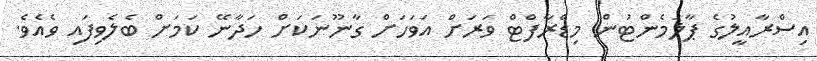
އިސްރާއީލުގެ ޕާލަމެންޓުން މިޑްރާފްޓް ވަރަށް އަވަހަށް ގާނޫނަކަށް ހަދާނޭ ކަމަށް ބެލެވިފައި ވެއެވެ.